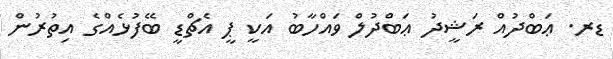
ޑރ. ޢަބްދުއް ރަޝީދު ޢަބްދުލް ވައްހާބު އަކީ ޕީ އެޗްޑީ ބޭފުޅެއްގެ އިތުރުން